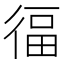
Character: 𭛷